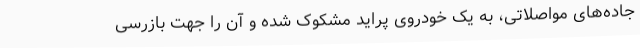
جاده‌های مواصلاتی، به یک خودروی پراید مشکوک شده و آن را جهت بازرسی